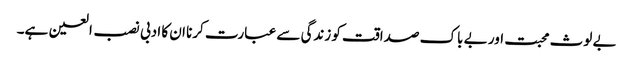
بے لوث محبت اور بے باک صداقت کو زندگی سے عبارت کرنا ان کا ادبی نصب العین ہے۔